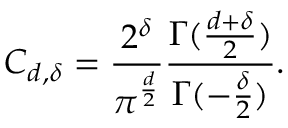
C _ { d , \delta } = { \frac { 2 ^ { \delta } } { \pi ^ { \frac { d } { 2 } } } } { \frac { \Gamma ( { \frac { d + \delta } { 2 } } ) } { \Gamma ( - { \frac { \delta } { 2 } } ) } } .